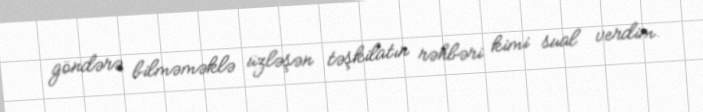
göndərə bilməməklə üzləşən təşkilatın rəhbəri kimi sual verdim.